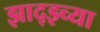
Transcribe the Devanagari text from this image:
झाद्झ्च्या